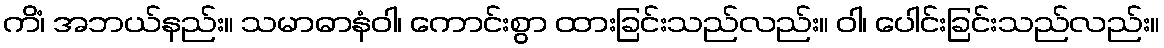
ကိံ၊ အဘယ်နည်း။ သမာဓာနံဝါ၊ ကောင်းစွာ ထားခြင်းသည်လည်း။ ဝါ၊ ပေါင်းခြင်းသည်လည်း။